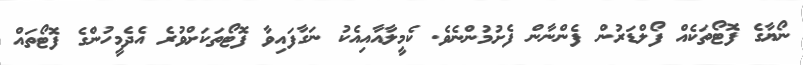
ނޯޔާގެ ފޮޓޯތަކެއް ފޯލްޑަރުން ފެންނާން ފެށުމުންނެވެ. ކެމީލާއާއިއެކު ނަގާފައިވާ ފޮޓޯތަކަށްވުރެ އެދެމީހުންގެ ފޮޓޯތައް